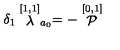
\delta _ { 1 } \stackrel { [ 1 , 1 ] } { \lambda } _ { a _ { 0 } } = - \stackrel { [ 0 , 1 ] } { \cal P }